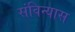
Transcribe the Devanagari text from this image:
संविन्यास